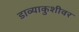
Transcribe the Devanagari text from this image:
डाव्याकुशीवर